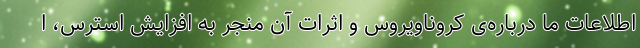
اطلاعات ما درباره‌ی کروناویروس و اثرات آن منجر به افزایش استرس، ا